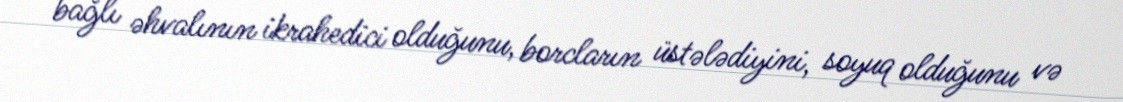
bağlı əhvalının ikrahedici olduğunu, borcların üstələdiyini, soyuq olduğunu və